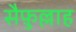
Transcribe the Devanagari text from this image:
सैफ़ुल्लाह